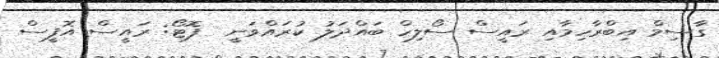
ގާސިމް އިބްރާހިމާއި ރައީސް ސޯލިހް ބައްދަލު ކުރައްވަނީ  ފޮޓޯ: ރައީސް އޮފީސް